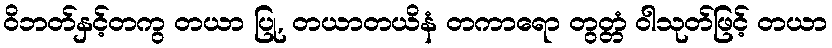
ဝိဘတ်နှင့်တကွ တယာ ပြု, တယာတယိနံ တကာရော တွတ္တံ ဝါသုတ်ဖြင့် တယာ